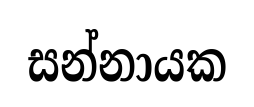
සන්නායක